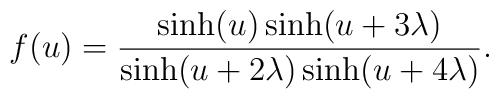
f(u)=\frac{\sinh(u)\sinh(u+3\lambda)}{\sinh(u+2\lambda)\sinh(u+4\lambda)}.